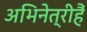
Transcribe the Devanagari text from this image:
अभिनेत्रीहैं